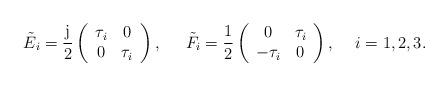
LaTeX: \begin{align*}{\tilde E}_i = \frac{{\rm j}}{2}\left(\begin{array}{cc} \tau_i & 0 \\ 0 & \tau_i\end{array}\right),\hspace{6mm} {\tilde F}_i = \frac{1}{2}\left(\begin{array}{cc} 0 & \tau_i \\ -\tau_i & 0\end{array}\right), \hspace{5mm} i=1,2,3.\end{align*}